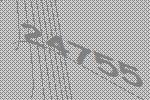
24755